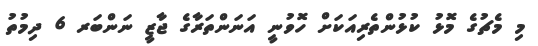
މި މެޗުގެ މޮޅު ކުޅުންތެރިއަކަށް ހޮވުނީ އަނަންތަރާގެ ޖާޒީ ނަންބަރ 6 ދިމުތު